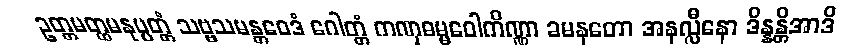
ဥတ္တမတ္ထမနုပ္ပတ္တံ သဗ္ဗသမန္တဝေဒံ ဂေါတ္တံ ကဏှဓမ္မဝေါကိဏ္ဏာ ခမနတော အနလ္လီနော ဒိန္နန္တိအာဒိ